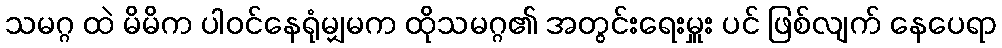
သမဂ္ဂ ထဲ မိမိက ပါဝင်နေရုံမျှမက ထိုသမဂ္ဂ၏ အတွင်းရေးမှူး ပင် ဖြစ်လျက် နေပေရာ